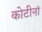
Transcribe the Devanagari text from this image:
कोटीनां